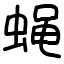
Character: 蝇